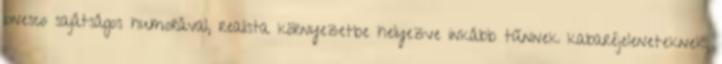
Ionesco sajátságos humorával, realista környezetbe helyezve inkább tűnnek kabaréjeleneteknek,